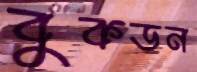
বুকডন